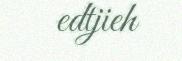
edtjieh